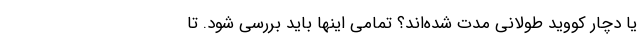
یا دچار کووید طولانی مدت‌ شده‌اند؟ تمامی اینها باید بررسی شود. تا